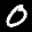
Label: 0